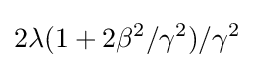
2\lambda (1+2\beta ^{2}/\gamma ^{2})/\gamma ^{2}